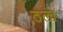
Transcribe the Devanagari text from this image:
ठला